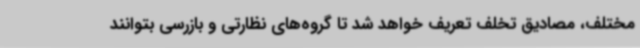
مختلف، مصادیق تخلف تعریف خواهد شد تا گروه‌های نظارتی و بازرسی بتوانند